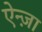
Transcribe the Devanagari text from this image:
ऐन्ज़ा